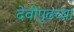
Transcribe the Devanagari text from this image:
देवीपुढच्या